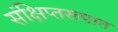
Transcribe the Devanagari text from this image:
संक्षिप्तरूपात